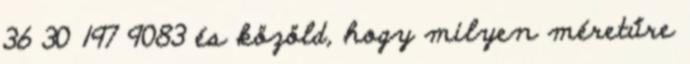
36 30 197 9083 és közöld, hogy milyen méretűre